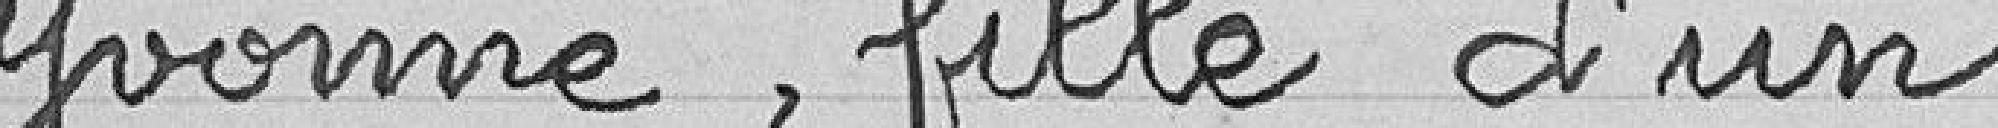
Yvonne, fille d'un